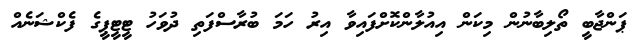
ޕަންޖާބީ ތޯލިބާނުން މިކަން އިއުލާންކޮށްފައިވާ އިރު ހަމަ ބުރާސްފަތި ދުވަހު ޓީޓީޕީގެ ފެކްޝަނެއް